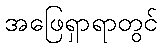
အဖြေရှာရာတွင်